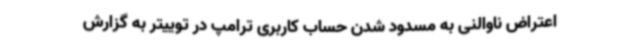
اعتراض ناوالنی به مسدود شدن حساب کاربری ترامپ در توییتر به گزارش